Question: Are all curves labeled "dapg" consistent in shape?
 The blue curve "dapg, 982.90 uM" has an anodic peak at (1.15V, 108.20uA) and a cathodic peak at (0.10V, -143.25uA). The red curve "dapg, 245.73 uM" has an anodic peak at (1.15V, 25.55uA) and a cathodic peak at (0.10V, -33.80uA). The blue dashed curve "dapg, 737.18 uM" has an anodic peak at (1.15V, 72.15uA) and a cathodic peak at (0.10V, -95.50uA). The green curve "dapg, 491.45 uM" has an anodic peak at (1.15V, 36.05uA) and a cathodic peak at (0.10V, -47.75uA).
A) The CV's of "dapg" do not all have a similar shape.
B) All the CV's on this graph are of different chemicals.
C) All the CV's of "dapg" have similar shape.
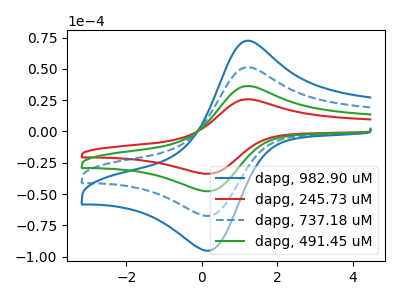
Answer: <think>All the peaks in "dapg, 982.90 uM" have a peak in "dapg, 245.73 uM" at the same potential. Every peak in "dapg, 982.90 uM" is higher than every peak in "dapg, 245.73 uM". All the peaks in "dapg, 982.90 uM" have a peak in "dapg, 737.18 uM" at the same potential. Every peak in "dapg, 982.90 uM" is higher than every peak in "dapg, 737.18 uM". All the peaks in "dapg, 982.90 uM" have a peak in "dapg, 491.45 uM" at the same potential. Every peak in "dapg, 982.90 uM" is higher than every peak in "dapg, 491.45 uM". All the peaks in "dapg, 245.73 uM" have a peak in "dapg, 737.18 uM" at the same potential. Every peak in "dapg, 245.73 uM" is lower than every peak in "dapg, 737.18 uM". All the peaks in "dapg, 245.73 uM" have a peak in "dapg, 491.45 uM" at the same potential. Every peak in "dapg, 245.73 uM" is lower than every peak in "dapg, 491.45 uM". All the peaks in "dapg, 737.18 uM" have a peak in "dapg, 491.45 uM" at the same potential. Every peak in "dapg, 737.18 uM" is higher than every peak in "dapg, 491.45 uM".
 </think>
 <answer>C) All the CV's of "dapg" have similar shape.</answer>
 <eval>C</eval>